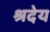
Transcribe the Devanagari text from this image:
श्रदेय